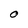
Character: 0